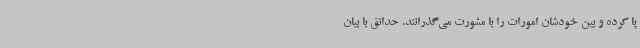
پا کرده و بین خودشان امورات را با مشورت می‌گذرانند. حدائق با بیان